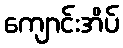
ကျောင်းအိပ်